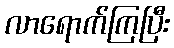
လာရောက်ကြပြီး